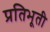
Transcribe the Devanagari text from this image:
प्रतिभूती